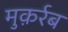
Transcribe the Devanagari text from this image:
मुक़र्रब